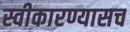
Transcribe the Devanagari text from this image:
स्वीकारण्यासच